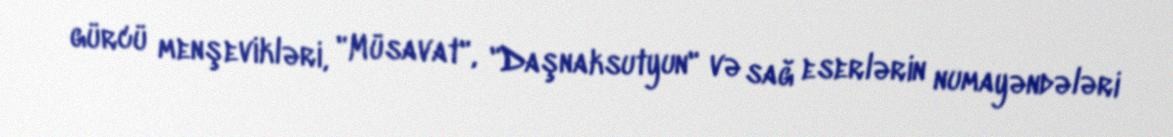
gürcü menşevikləri, "Müsavat", "Daşnaksutyun" və sağ eserlərin numayəndələri